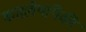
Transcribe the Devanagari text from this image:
काद्रवेयांपैकी